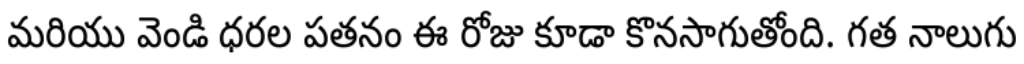
మరియు వెండి ధరల పతనం ఈ రోజు కూడా కొనసాగుతోంది. గత నాలుగు